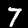
Label: 7